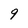
Character: 9